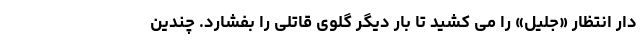
دار انتظار «جلیل» را می کشید تا بار دیگر گلوی قاتلی را بفشارد. چندین